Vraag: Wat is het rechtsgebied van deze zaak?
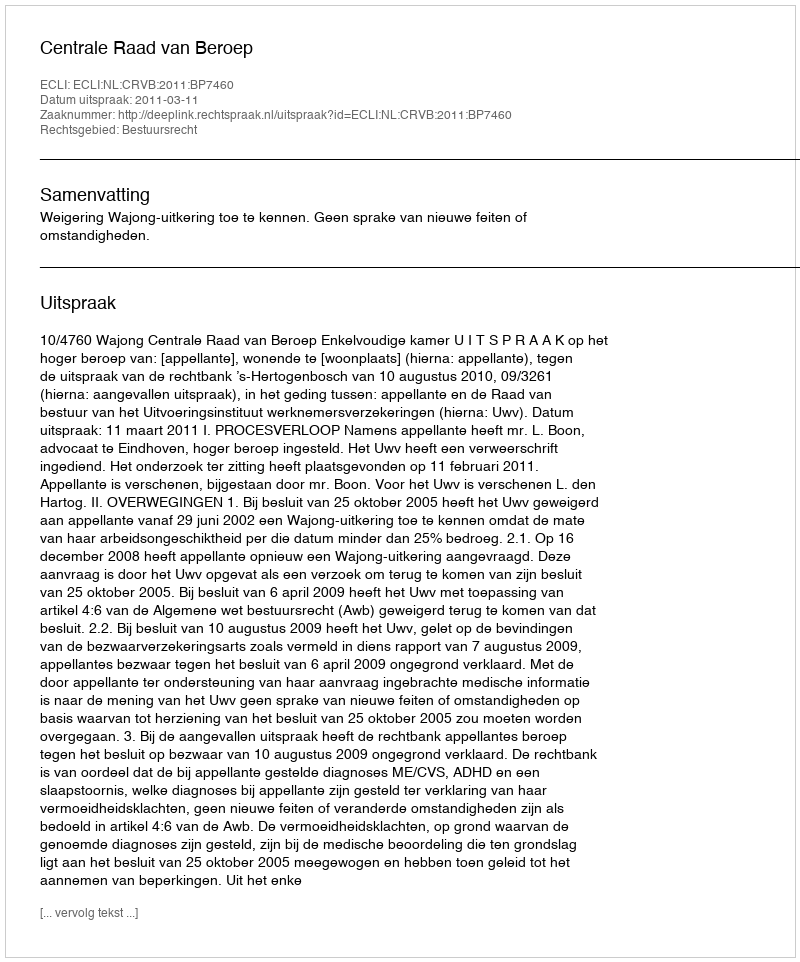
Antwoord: Bestuursrecht